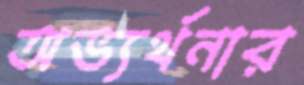
অভ্যর্থনার